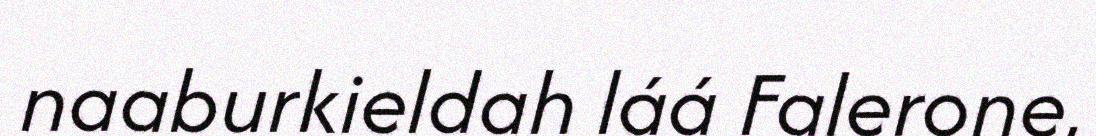
naaburkieldah láá Falerone,